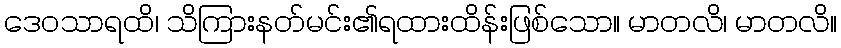
ဒေဝသာရထိ၊ သိကြားနတ်မင်း၏ရထားထိန်းဖြစ်သော။ မာတလိ၊ မာတလိ။